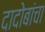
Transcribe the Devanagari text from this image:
दादोबांचा